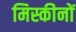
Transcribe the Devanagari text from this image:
मिस्कीनों